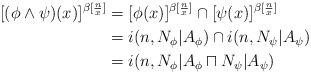
LaTeX: \begin{align*}[(\phi\wedge \psi)(x)]^{\beta[\frac{n}{x}]}&=[\phi(x)]^{\beta[\frac{n}{x}]} \cap [\psi(x)]^{\beta[\frac{n}{x}]}\\&=i(n,N_\phi|A_\phi)\cap i(n,N_\psi|A_\psi) \\&=i(n,N_\phi|A_\phi \sqcap N_\psi|A_\psi)\end{align*}